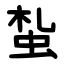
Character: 蚻